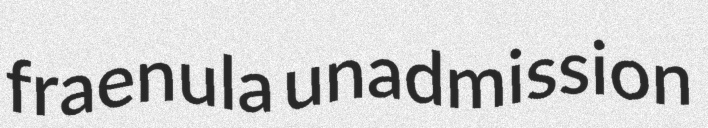
fraenula unadmission